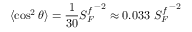
\langle \cos ^ { 2 } \theta \rangle = \frac { 1 } { 3 0 } { S _ { F } ^ { f } } ^ { - 2 } \approx 0 . 0 3 3 ~ { S _ { F } ^ { f } } ^ { - 2 }